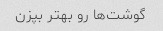
گوشت‌ها رو بهتر بپزن